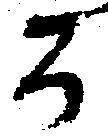
百